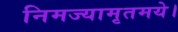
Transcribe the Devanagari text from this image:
निमज्यामृतमये।